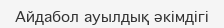
Айдабол ауылдық әкімдігі